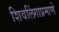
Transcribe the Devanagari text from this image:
शिवलिंगाप्रमाणे